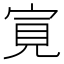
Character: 㝟